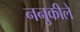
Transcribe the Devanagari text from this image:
ननुकीले